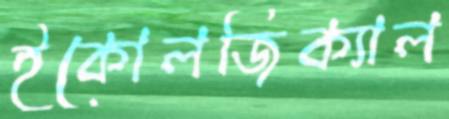
ইকোলজিক্যাল